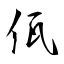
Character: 佤